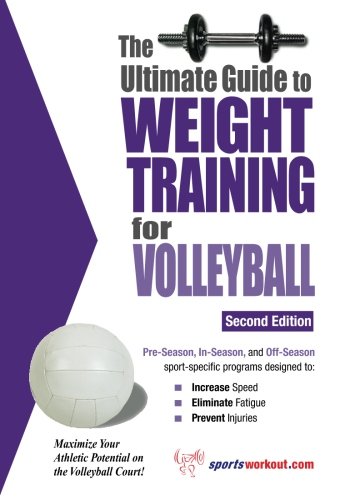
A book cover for The Ultimate Guide To Weight Training For Volleyball (Ultimate Guide to Weight Training: Volleyball); Rob Price; Health, Fitness & Dieting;